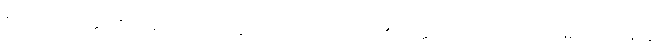
နမေသော အတ္တာတိ န မေ ဧသော အတ္တာတိ - ဤသည်ကား ငါ၏ အတ္တကောင် အထည်ကိုယ် မဟုတ်၊ အနတ္တ